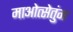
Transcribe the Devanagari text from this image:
माओत्सेतुंग